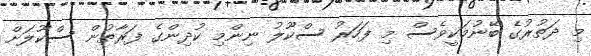
މި ދަތުރުގެ ބޭނުމަކީވެސް މި ފަހަރު ސްކޫލު ނިންމި ކުދިންގެ ފަރާތުން ސްކޫލަށް